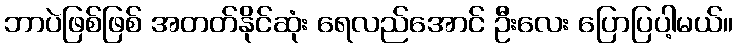
ဘာပဲဖြစ်ဖြစ် အတတ်နိုင်ဆုံး ရေလည်အောင် ဦးလေး ပြောပြပါ့မယ်။